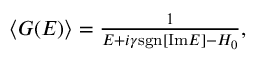
\begin{array} { r } { \left< G ( E ) \right> = \frac { 1 } { E + i \gamma \mathrm { s g n } [ \mathrm { I m } E ] - H _ { 0 } } , } \end{array}